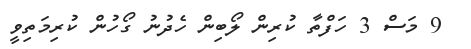
9 މަސް 3 ހަފްތާ ކުރިން ލޯބިން ހެދުނު ގޯހުން ކުރިމަތިވީ